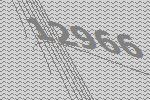
12966